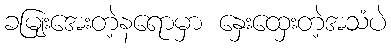
ခမျြးအေးတဲ့နရောမှာ နှေးထှေးတဲ့အသံပဲ